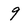
Character: 9